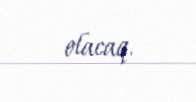
olacaq.